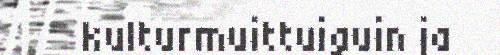
kulturmuittuiguin ja